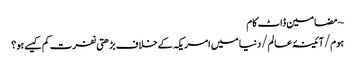
~ مضامین ڈاٹ کام
ہوم/آئینۂ عالم/دنیا میں امریکہ کے خلاف بڑھتی نفرت کم کیسے ہو؟